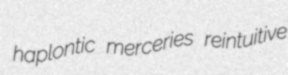
haplontic merceries reintuitive